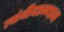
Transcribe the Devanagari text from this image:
लांबीदरम्यान